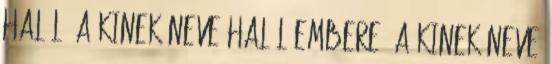
Halál, a kinek neve Halál embere, a kinek neve